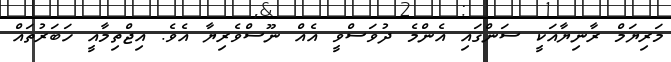
މަރިޔަމް ރާނިޔާއަކީ ސަންގައި އެންމެ ދުވަސްވީ އެއް ނޫސްވެރިޔާ އެވެ. އިޖްތިމާއީ ހަބަރުތައް